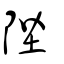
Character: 陛